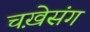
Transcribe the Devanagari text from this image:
चख़ेसंग